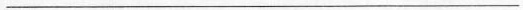
___